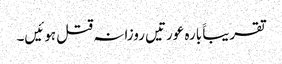
تقریباََ بارہ عورتیں روزانہ قتل ہوئیں۔